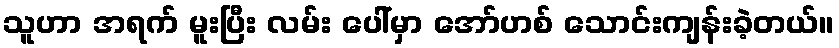
သူဟာ အရက် မူးပြီး လမ်း ပေါ်မှာ အော်ဟစ် သောင်းကျန်းခဲ့တယ်။